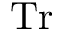
\mathrm { T r }